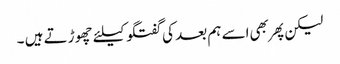
لیکن پهر بهی اسے ہم بعد کی گفتگو کیلئے چهوڑتے ہیں ۔